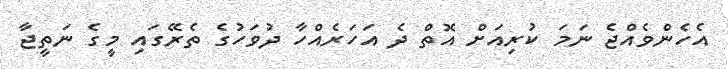
އެހެންވެއްޖެ ނަމަ ކުރިއަށް އޮތް ދެ އަހަރެއްހާ ދުވަހުގެ ތެރޭގައި މީގެ ނަތީޖާ